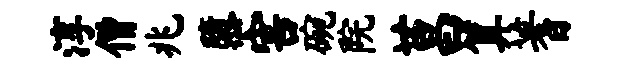
淳僧兆隳害碗院莒算蓍